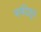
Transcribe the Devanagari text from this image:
नर्मदेतून